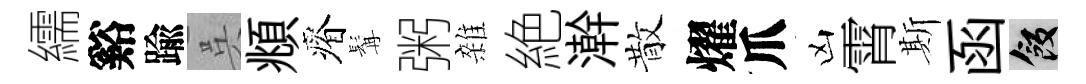
繻谿踰呉頫瘠髯粥雜絶澣散燿爪凶霄斯函飯